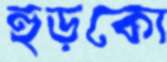
হুড়কো